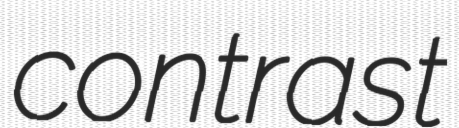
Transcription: contrast